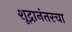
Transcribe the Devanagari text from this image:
शूद्रानंतरचा